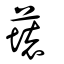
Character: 蘾